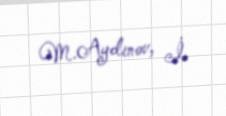
M.Aydınov, İ.